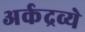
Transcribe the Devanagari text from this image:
अर्कद्रव्ये